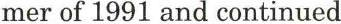
mer of 1991 and continued